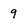
Character: 9